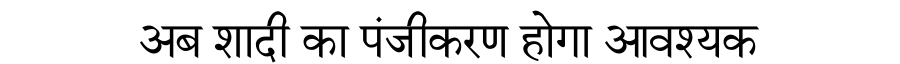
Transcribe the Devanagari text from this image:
अब शादी का पंजीकरण होगा आवश्यक